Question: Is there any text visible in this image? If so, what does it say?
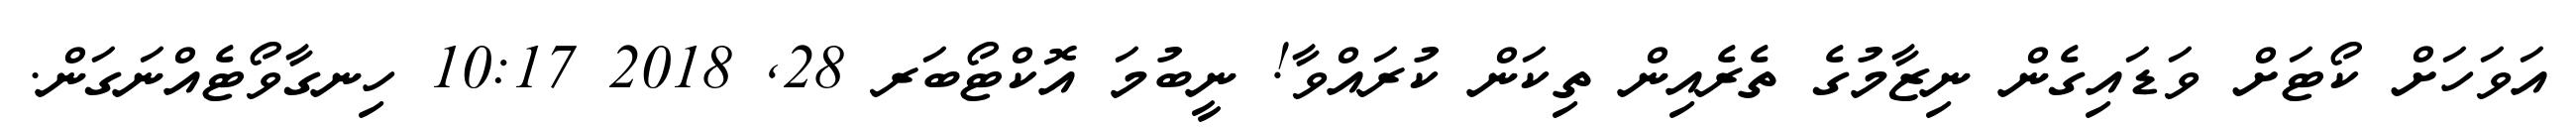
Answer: އަވަހަށް ކޯޓަށް ވަޑައިގެން ނިޒާމުގެ ތެރެއިން ތިކަން ކުރައްވާ! ނީބުމަ އޮކްޓޯބަރ 28, 2018 10:17 ހިނގާވޯޓެއްނަގަން.